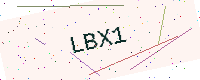
Text: LBX1